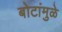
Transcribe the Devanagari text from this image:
बोटांमुळे